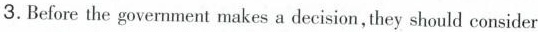
3.Before the government makes a decision,they should consider